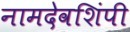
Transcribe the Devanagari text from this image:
नामदेवशिंपी